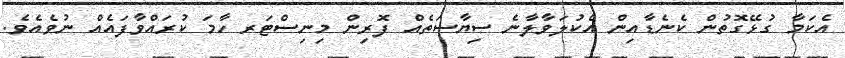
އެކަމާ ގުޅޭގޮތުން ކެނެޑާއިން އެކުލަވާލާނެ ސިޔާސަތެއް ފޮރިން މިނިސްޓަރ ހާމަ ކުރައްވާފައެއް ނުވެއެވެ.